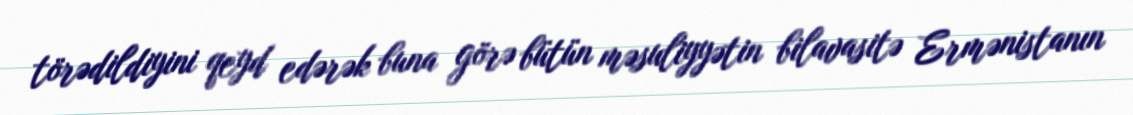
törədildiyini qeyd edərək buna görə bütün məsuliyyətin bilavasitə Ermənistanın